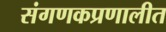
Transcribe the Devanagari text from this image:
संगणकप्रणालीत